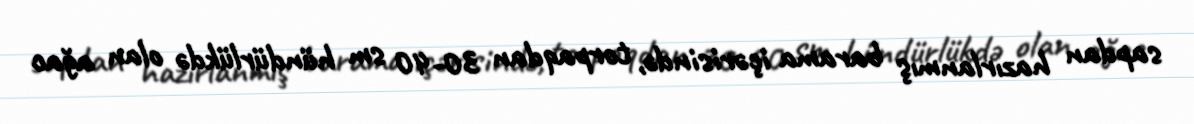
sapdan hazırlanmış barama içərisində, torpaqdan 30-40 sm hündürlükdə olan ağac